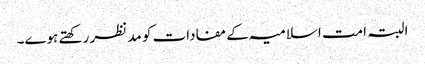
البتہ امت اسلامیہ کے مفادات کو مد نظر رکھتے ہوے۔